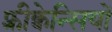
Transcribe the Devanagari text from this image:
फ़्रीक्वेन्सियों